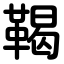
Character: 鞨